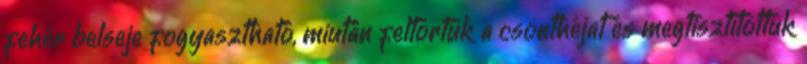
fehér belseje fogyasztható, miután feltörtük a csonthéjat és megtisztítottuk